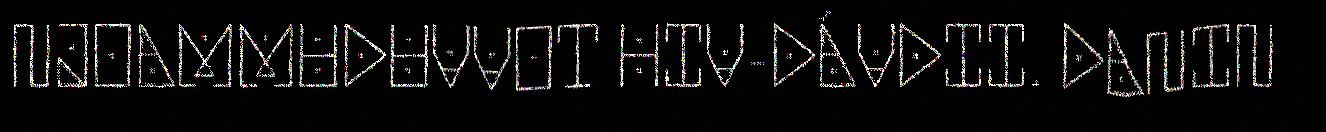
NJOAMMUDUVVOT HIV-DÁVDII. DANIN